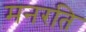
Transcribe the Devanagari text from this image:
मनरति